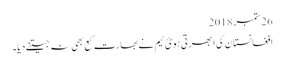
26 ستمبر 2018
افغانستان کی ابھرتی ہویٔ ٹیم نے بھارت کع بھی نہ جیتنے دیا۔